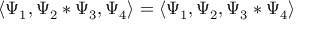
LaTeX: \langle \Psi _ { 1 } , \Psi _ { 2 } * \Psi _ { 3 } , \Psi _ { 4 } \rangle = \langle \Psi _ { 1 } , \Psi _ { 2 } , \Psi _ { 3 } * \Psi _ { 4 } \rangle